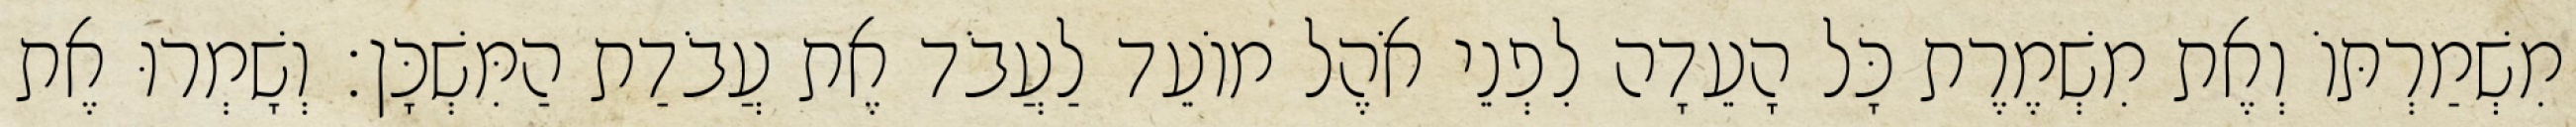
מִשְׁמַרְתּוֹ וְאֶת מִשְׁמֶרֶת כָּל הָעֵדָה לִפְנֵי אֹהֶל מוֹעֵד לַעֲבֹד אֶת עֲבֹדַת הַמִּשְׁכָּן׃ וְשָׁמְרוּ אֶת